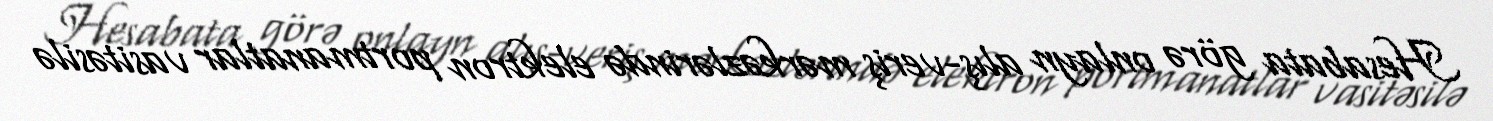
Hesabata görə onlayn alış-veriş mərkəzlərində elektron portmanatlar vasitəsilə